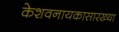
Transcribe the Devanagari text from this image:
केशवनायकासारख्या